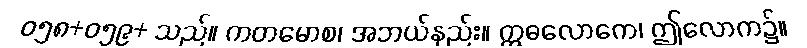
ဝ၅၈+၀၅၉+ သည်။ ကတမောစ၊ အဘယ်နည်း။ ဣဓလောကေ၊ ဤလောက၌။